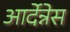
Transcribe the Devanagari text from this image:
आर्देन्नेस